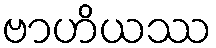
ဗာဟိယဿ